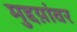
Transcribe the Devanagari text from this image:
मुद्दय़ांवर